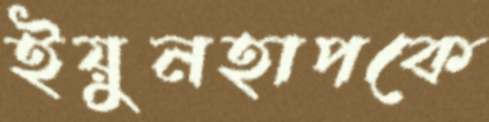
ইয়ুনহাপকে